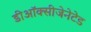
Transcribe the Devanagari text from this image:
डीऑक्सीजेनेटेड